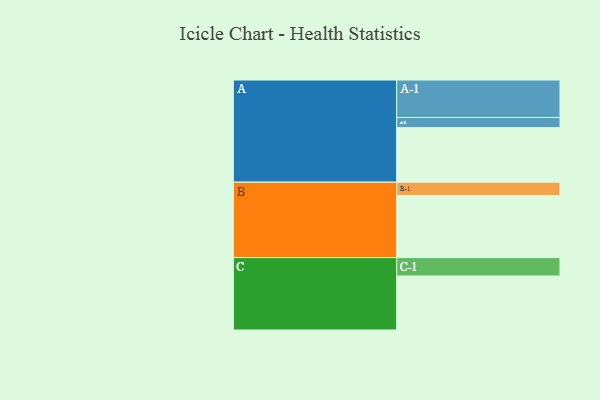
{"axis": {"x": "Segment", "y": "Value"}, "legend": ["", "A", "B", "C"], "data": [{"x": "A", "y": 403, "type": ""}, {"x": "B", "y": 459, "type": ""}, {"x": "C", "y": 399, "type": ""}, {"x": "A-1", "y": 277, "type": "A"}, {"x": "A-2", "y": 75, "type": "A"}, {"x": "B-1", "y": 98, "type": "B"}, {"x": "C-1", "y": 136, "type": "C"}]}